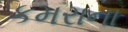
કમરાના